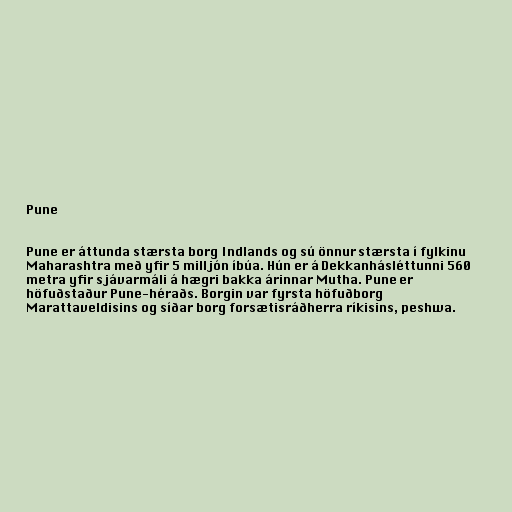
Pune

Pune er áttunda stærsta borg Indlands og sú önnur stærsta í fylkinu
Maharashtra með yfir 5 milljón íbúa. Hún er á Dekkanhásléttunni 560
metra yfir sjávarmáli á hægri bakka árinnar Mutha. Pune er
höfuðstaður Pune-héraðs. Borgin var fyrsta höfuðborg
Marattaveldisins og síðar borg forsætisráðherra ríkisins, peshwa.